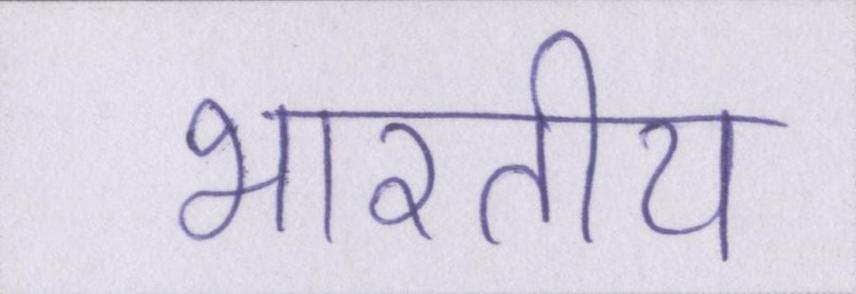
भारतीय